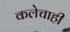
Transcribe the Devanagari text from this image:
कलेचाही